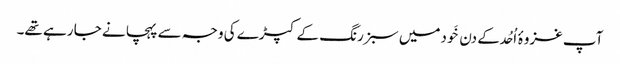
آپ غزوۂ اُحُد کے دن خَودمیں سبز رنگ کے کپڑے کی وجہ سے پہچانے جا رہے تھے۔